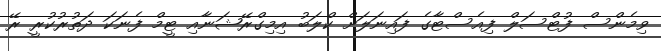
ވިމެންސް ފުޓްސަލް ފިއެސްޓާގެ ފައިނަލަށް ކްލަބު އިމިގްރޭޝަނާއި ޓީމް ފެނަކަ ދަތުރުކުރީ ރޭ